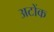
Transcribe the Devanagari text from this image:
अटोंक